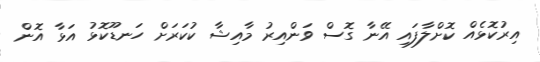
އިރުކޮޅެއް ކޮށްލާފައި އޭނާ ގޮސް ވަންއިރު މާއިޝާ ކުކަރަށް ހަނޑޫކޮޅު އަޅާ އޮން